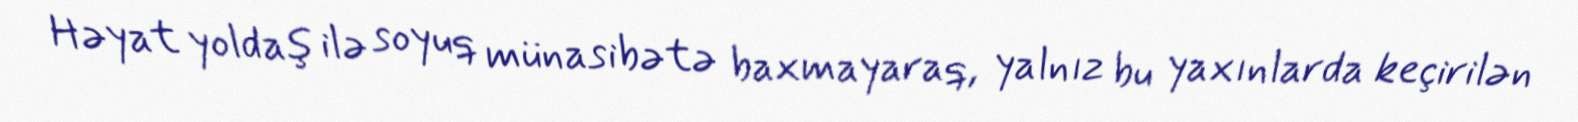
Həyat yoldaş ilə soyuq münasibətə baxmayaraq, yalnız bu yaxınlarda keçirilən